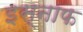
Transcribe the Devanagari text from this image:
इस्नाफ